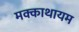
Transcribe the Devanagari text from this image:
मक्काथायम